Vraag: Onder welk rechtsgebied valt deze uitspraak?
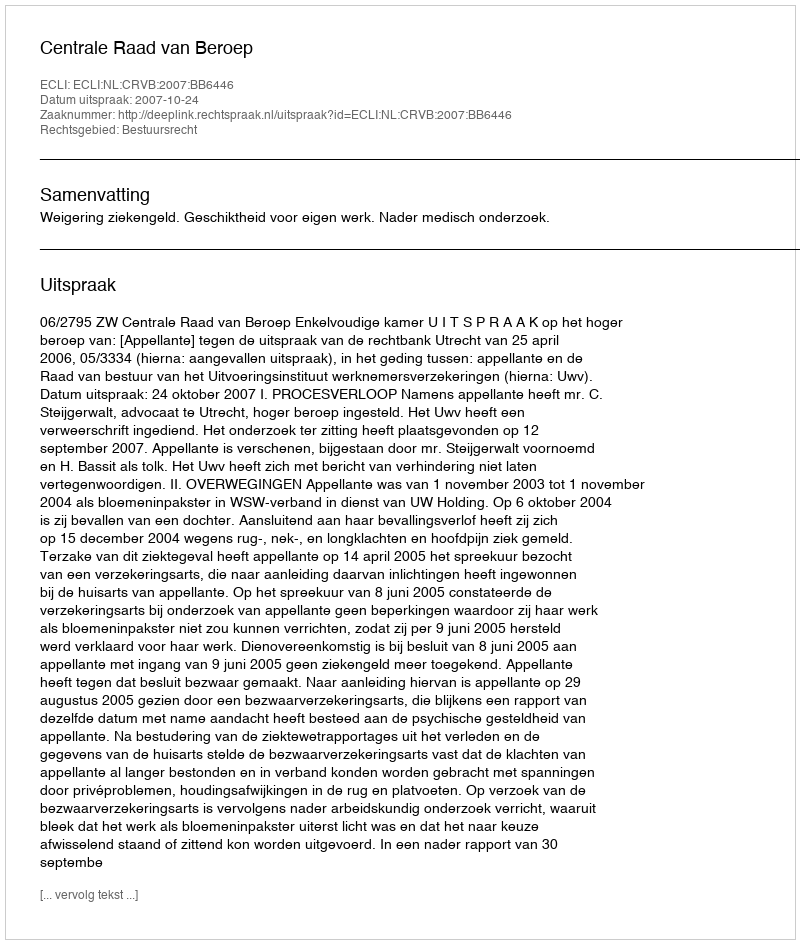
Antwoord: Bestuursrecht